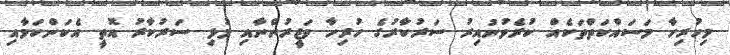
މިހުރިހާ މަސައްކަތްތަކެއް ކުރެވުނުއިރު ސަރުކާރުގެ ހުރިހާ ވަޒީރުންނާއި މުޅި ސަރުކާރު އޮތީ އެކަންކަމާއި